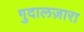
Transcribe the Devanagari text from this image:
गुदालज़ारा